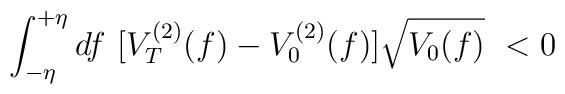
\int_{-\eta}^{+\eta} df ~         [ V_T^{(2)} (f) - V_0^{(2)} (f) ] \sqrt{V_0 (f)} ~ < 0